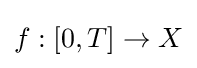
f:[0,T]\to X